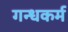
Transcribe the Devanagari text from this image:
गन्धकर्म